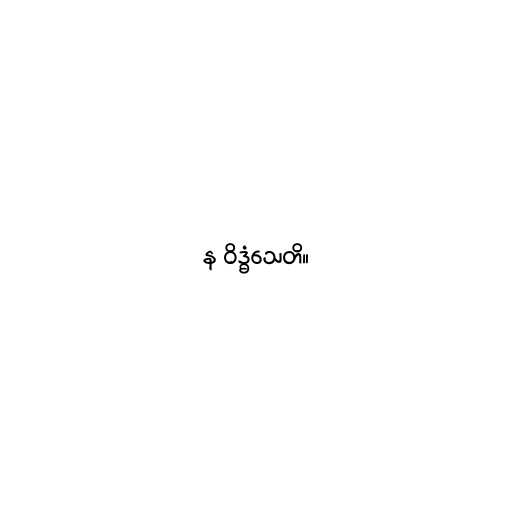
န ဝိဒ္ဓံသေတိ။